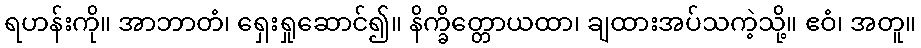
ရဟန်းကို။ အာဘာတံ၊ ရှေးရှုဆောင်၍။ နိက္ခိတ္တောယထာ၊ ချထားအပ်သကဲ့သို့။ ဧဝံ၊ အတူ။